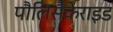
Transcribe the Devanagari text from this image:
पौलिसैकेराइड